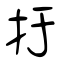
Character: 扜